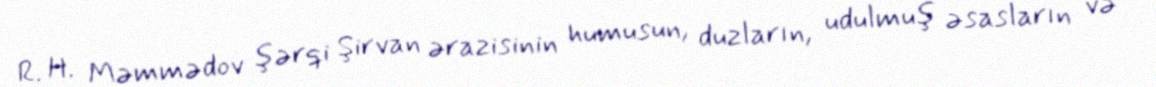
R. H. Məmmədov şərqi Şirvan ərazisinin humusun, duzların, udulmuş əsasların və